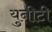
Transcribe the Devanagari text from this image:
युनीटी